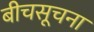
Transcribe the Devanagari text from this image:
बीचसूचना